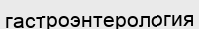
гастроэнтерология